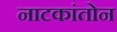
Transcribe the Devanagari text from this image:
नाटकांतोन